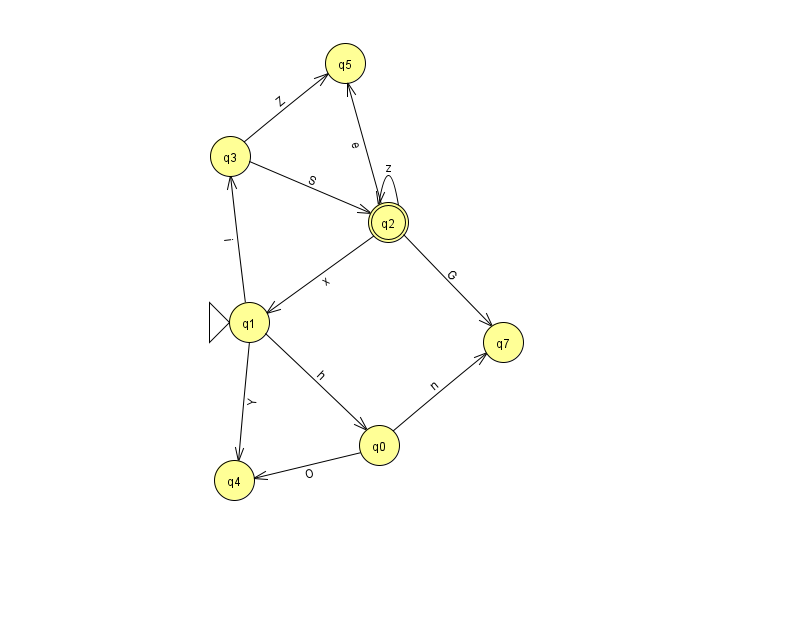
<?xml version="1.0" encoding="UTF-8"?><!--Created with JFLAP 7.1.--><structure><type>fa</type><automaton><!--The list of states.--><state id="0" name="q0"><x>379.0</x><y>432.0</y></state><state id="1" name="q1"><x>249.0</x><y>309.0</y><initial/></state><state id="2" name="q2"><x>388.0</x><y>209.0</y><final/></state><state id="3" name="q3"><x>230.0</x><y>143.0</y></state><state id="4" name="q4"><x>234.0</x><y>467.0</y></state><state id="5" name="q5"><x>345.0</x><y>50.0</y></state><state id="7" name="q7"><x>503.0</x><y>329.0</y></state><!--The list of transitions.--><transition><from>0</from><to>7</to><read>n</read></transition><transition><from>1</from><to>3</to><read>i</read></transition><transition><from>3</from><to>5</to><read>Z</read></transition><transition><from>0</from><to>4</to><read>O</read></transition><transition><from>2</from><to>2</to><read>z</read></transition><transition><from>1</from><to>4</to><read>Y</read></transition><transition><from>3</from><to>2</to><read>S</read></transition><transition><from>2</from><to>1</to><read>x</read></transition><transition><from>2</from><to>7</to><read>G</read></transition><transition><from>1</from><to>0</to><read>h</read></transition><transition><from>2</from><to>5</to><read>e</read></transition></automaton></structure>